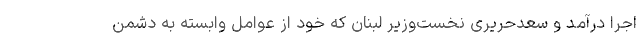
اجرا درآمد و سعدحریری نخست‌وزیر لبنان که خود از عوامل وابسته به دشمن